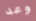
وعد